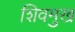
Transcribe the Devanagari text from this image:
शिवमुख